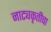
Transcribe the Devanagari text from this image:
नाट्यकृतीचा